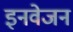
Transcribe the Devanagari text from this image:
इनवेजन